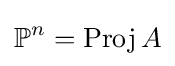
\mathbb {P} ^{n}=\operatorname {Proj} A